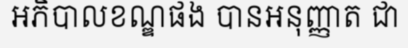
អភិបាលខណ្ឌផង បានអនុញ្ញាត ជា